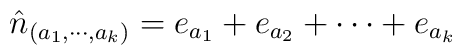
\hat n_{(a_1,\cdots,a_k)}=e_{a_1}+e_{a_2}+\cdots+e_{a_k}